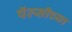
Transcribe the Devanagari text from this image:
पॅल्सीच्या